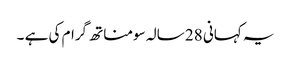
یہ کہانی 28 سالہ سومناتھ گرام کی ہے ۔